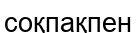
соқпақпен